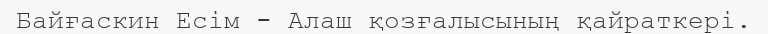
Байғаскин Есім - Алаш қозғалысының қайраткері.